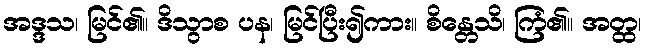
အဒ္ဒသ၊ မြင်၏။ ဒိသွာစ ပန၊ မြင်ပြီး၍ကား။ စိန္တေသိ၊ ကြံ၏။ အတ္ထ၊